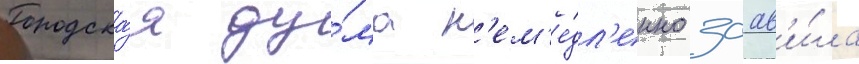
Городска́я ду́ма н'ем'е́дл'енно заав'и́ла